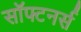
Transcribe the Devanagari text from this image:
सॉफ्टनर्स